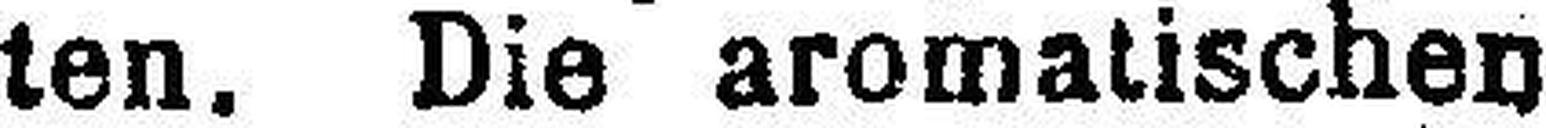
ten. Die aromatischen